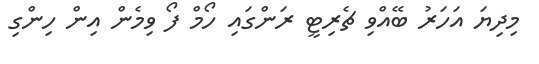
މިދިޔަ އަހަރު ބޭއްވި ޗެރިޓީ ރަންގައި ހޯމް ފޯ ވިމެން އިން ހިންގި